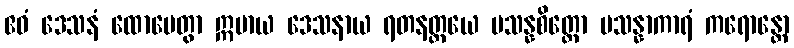
ဧဝံ ဒေသနံ ထောမေတွာ ဣမာယ ဒေသနာယ ရတနတ္တယေ ပသန္နစိတ္တော ပသန္နာကာရံ ကရောန္တော